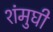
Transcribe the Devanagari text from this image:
शंमुघी